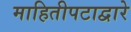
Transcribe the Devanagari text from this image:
माहितीपटाद्वारे